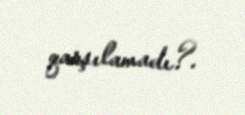
qarşılamadı?.